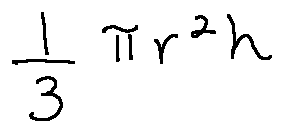
\frac { 1 } { 3 } \pi r ^ { 2 } h